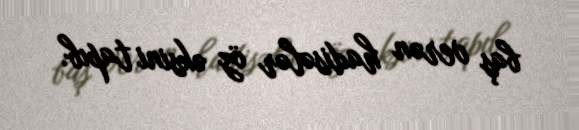
baş verən hadisələr öz əksini tapıb.